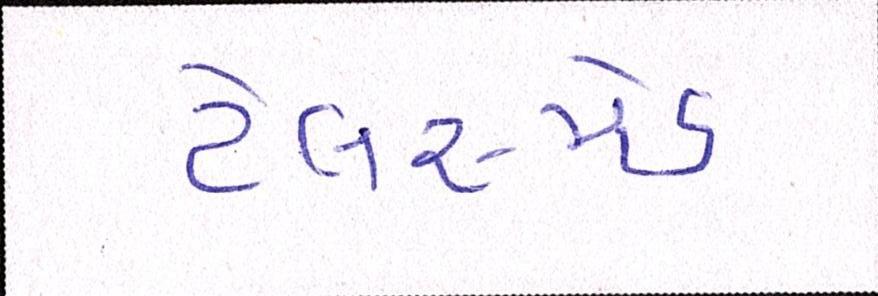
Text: ટેલર-મેડ